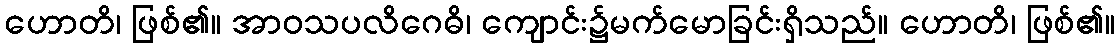
ဟောတိ၊ ဖြစ်၏။ အာဝသပလိဂေဓိ၊ ကျောင်း၌မက်မောခြင်းရှိသည်။ ဟောတိ၊ ဖြစ်၏။